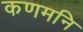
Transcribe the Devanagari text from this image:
कणमनि